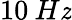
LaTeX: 10\: H\mathit{z}